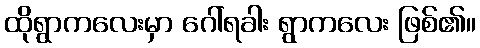
ထိုရွာကလေးမှာ ဂေါ်ရခါး ရွာကလေး ဖြစ်၏။